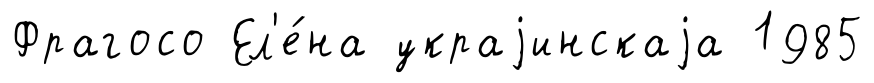
Фрагосо Ел'е́на украjинскаjа 1985